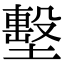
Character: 墼